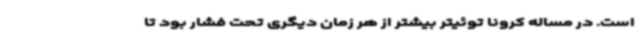
است. در مساله کرونا توئیتر بیشتر از هر زمان دیگری تحت‌ فشار بود تا